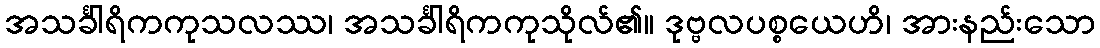
အသင်္ခါရိကကုသလဿ၊ အသင်္ခါရိကကုသိုလ်၏။ ဒုဗ္ဗလပစ္စယေဟိ၊ အားနည်းသော